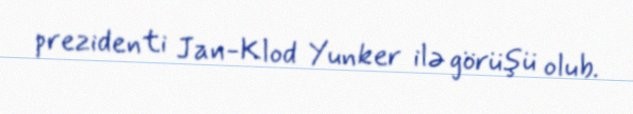
prezidenti Jan-Klod Yunker ilə görüşü olub.